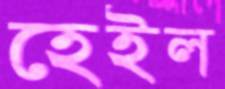
হেইল